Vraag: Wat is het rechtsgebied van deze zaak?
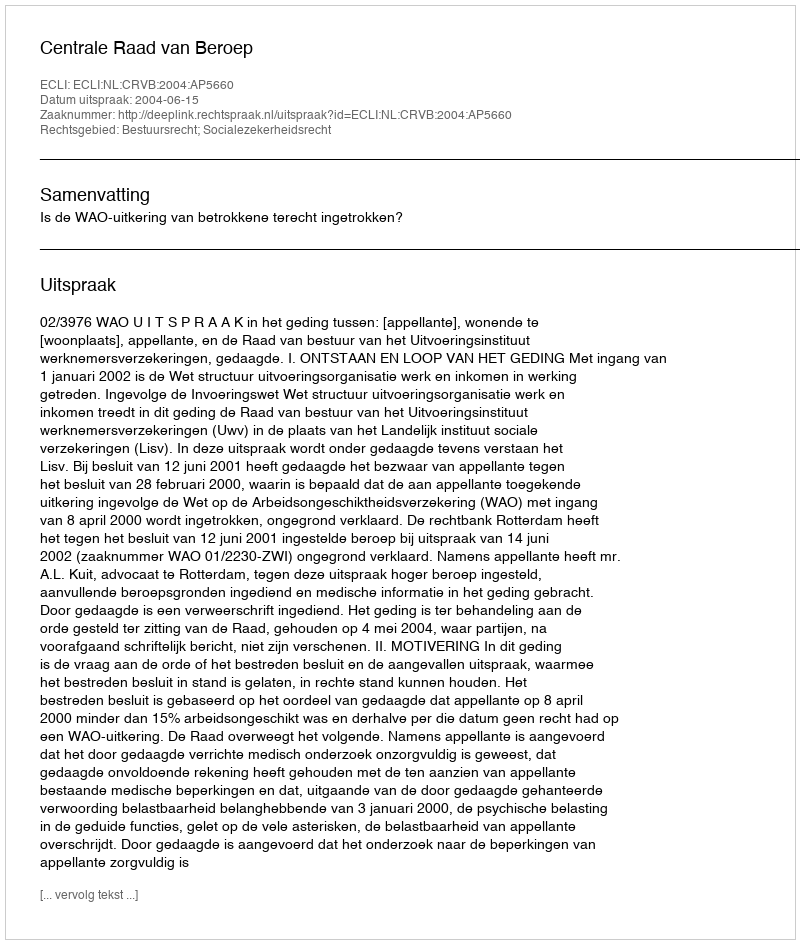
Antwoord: Bestuursrecht; Socialezekerheidsrecht